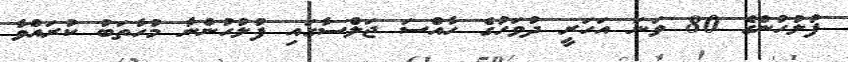
ފުލުހުންގެ 80 ވަނަ އަހަރީ ދުވަހުގެ ހާއްސަ ޖަލްސާގައި ފުލުހުންނާ މުހާތަބު ކުރައްވާ